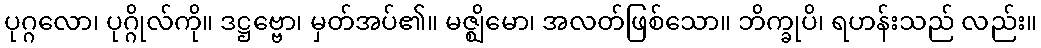
ပုဂ္ဂလော၊ ပုဂ္ဂိုလ်ကို။ ဒဋ္ဌဗ္ဗော၊ မှတ်အပ်၏။ မဇ္ဈိမော၊ အလတ်ဖြစ်သော။ ဘိက္ခုပိ၊ ရဟန်းသည် လည်း။